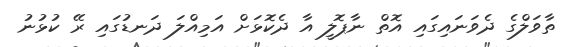
ތާވަލްގެ ދެވަނައިގައި އޮތް ނާޕޮލީ އާ ދެކޮޅަށް އަމިއްލަ ދަނޑުގައި ރޭ ކުޅުނު